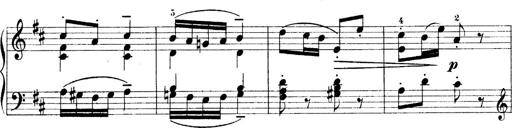
Title: 4 Sonatines
Composer: Max Reger